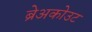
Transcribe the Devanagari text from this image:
ब्रेअकोउट